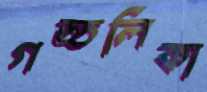
গড্ডলিকা